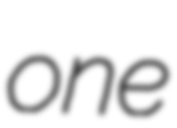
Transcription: one